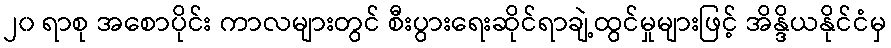
၂၀ ရာစု အစောပိုင်း ကာလများတွင် စီးပွားရေးဆိုင်ရာချဲ့ထွင်မှုများဖြင့် အိန္ဒိယနိုင်ငံမှ